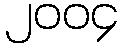
၂၀၀၄